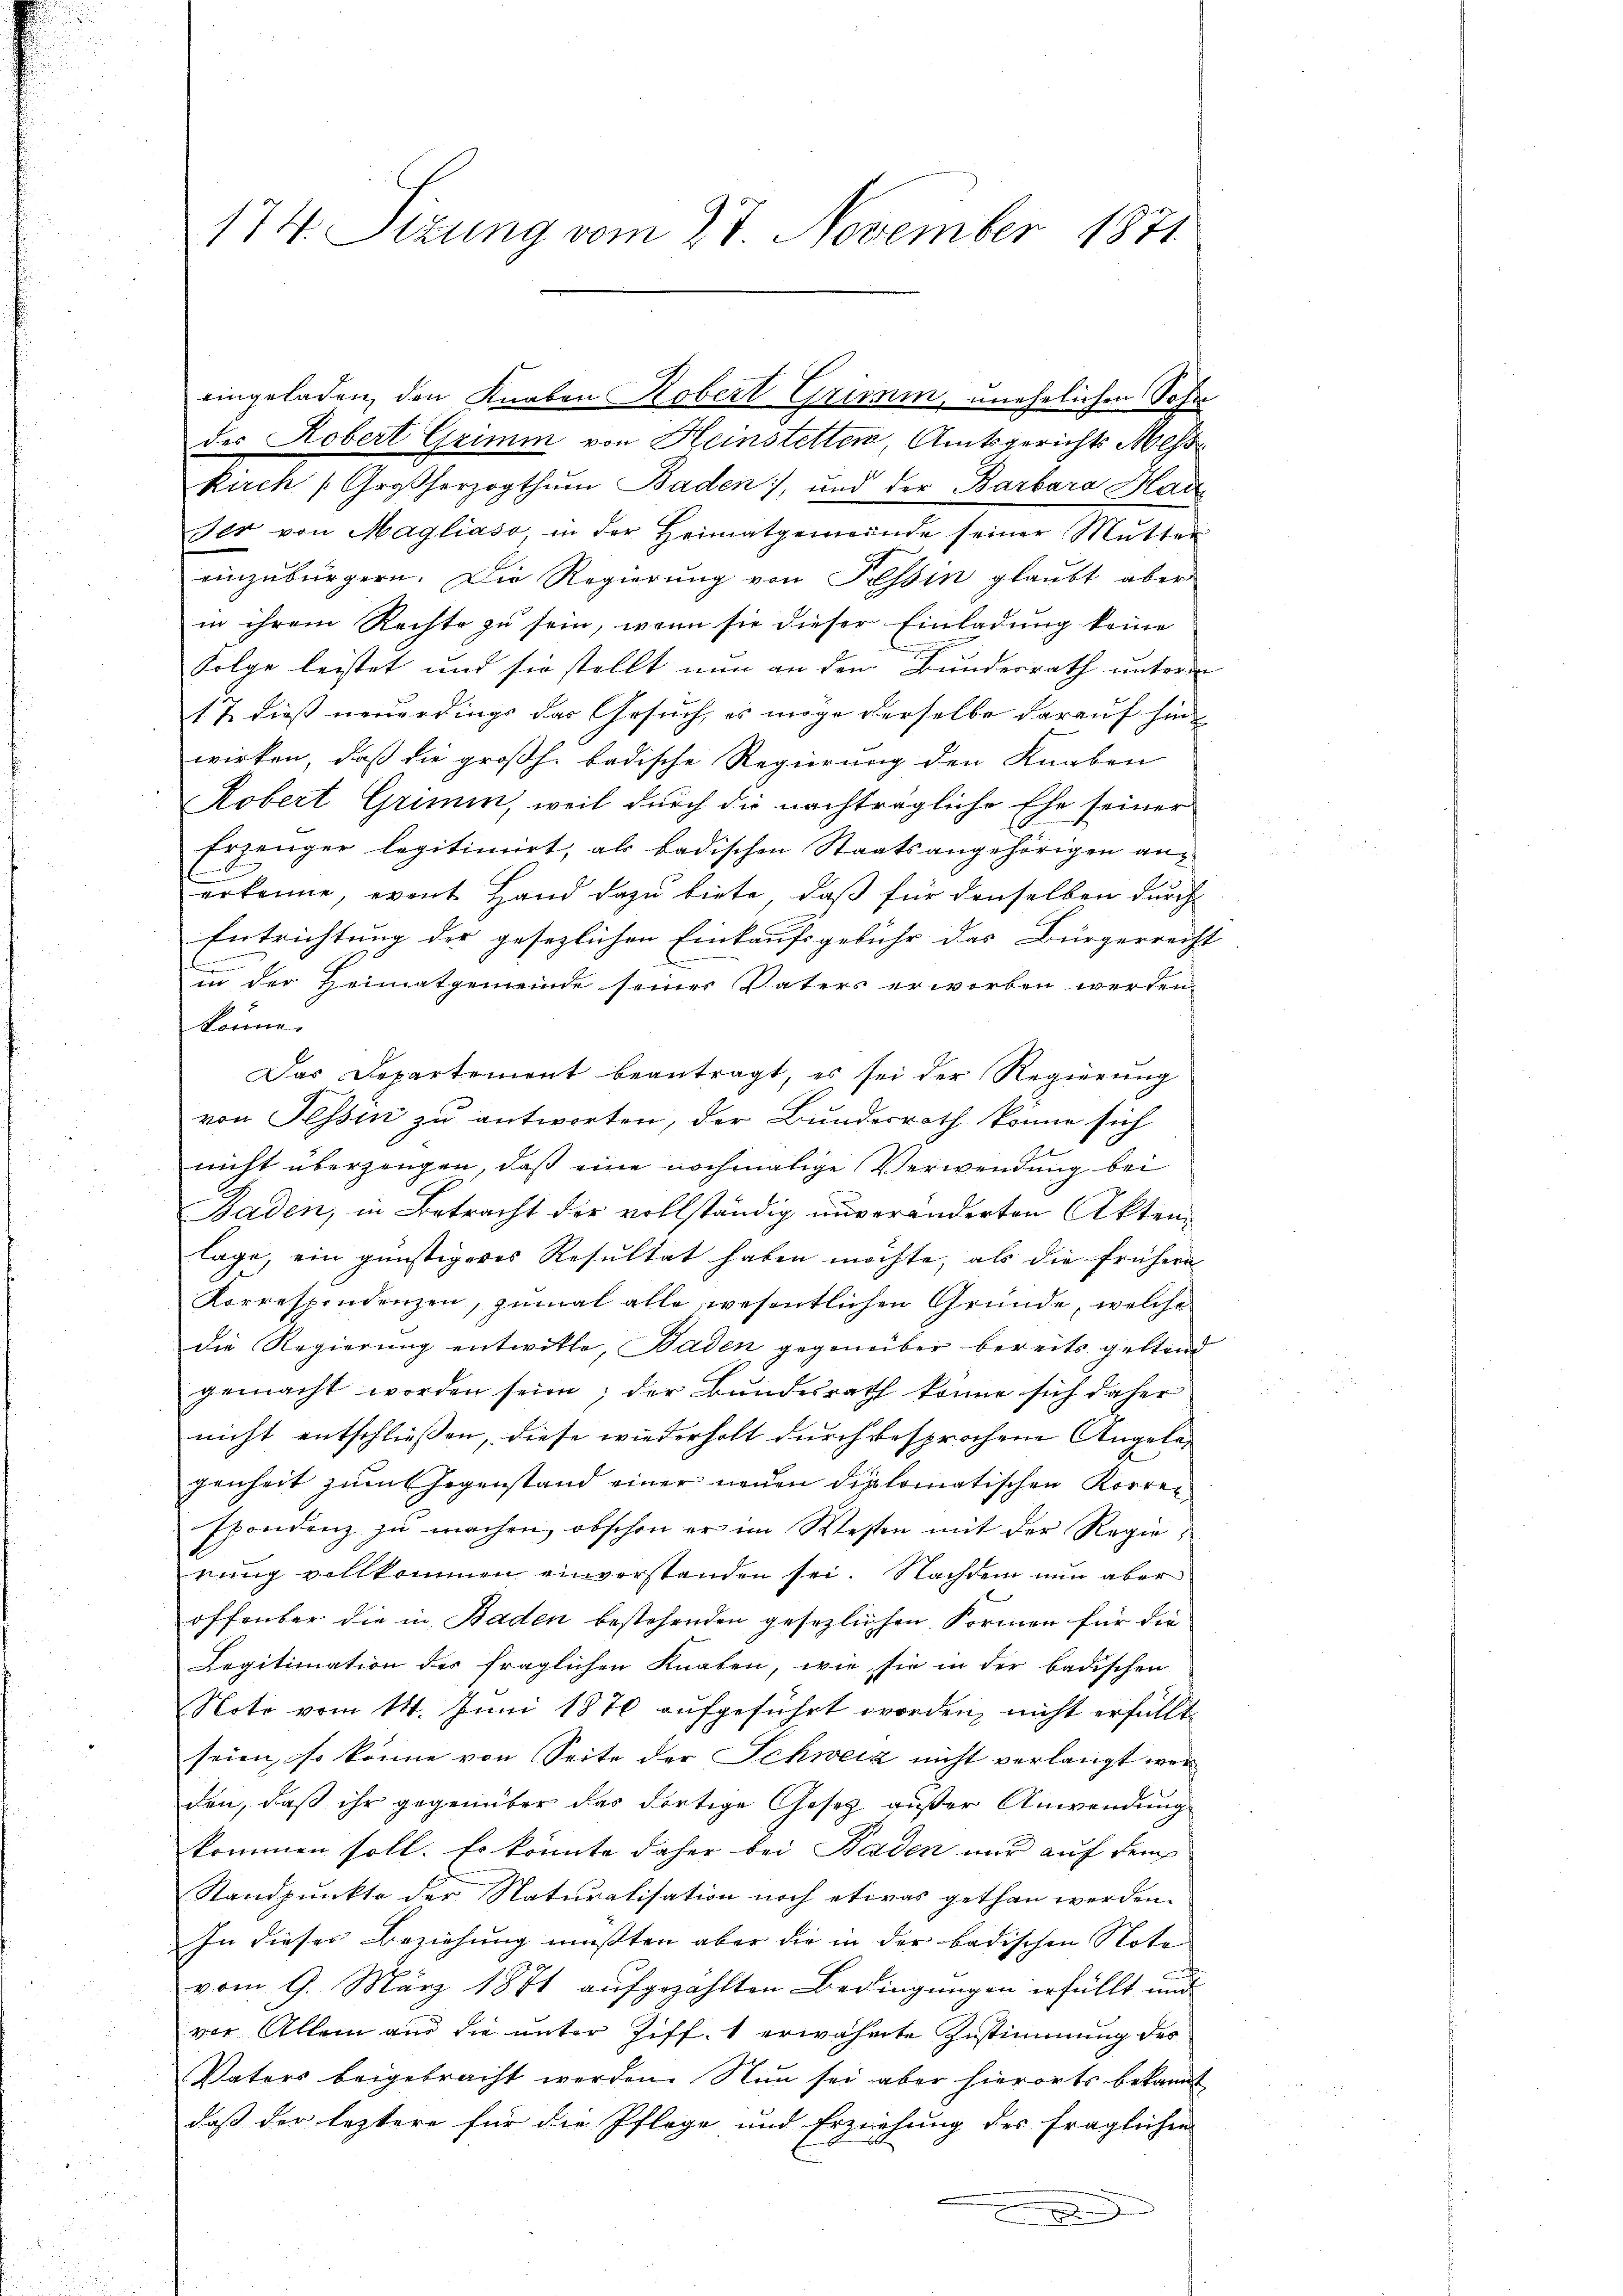
der Robert Grimm von Heinstetten, Amtsgerichts Mess
kuch Großherzogthum Baden, und der Barbara Hauder von Magliaso in der Heimatgemeinde seiner Mŭtter
einzubürgern. Die Regierung von Tessin glaubt aber
in ihrem Rechte zu sein, wenn sie dieser Einladung keine
Folge leistet und sie stellt nun an den Bundesrath unterm
17. dieß neuerdings das Gesuch, es möge derselbe darauf hinwirken, daß die großh. badische Regierung den Knaben
Robert Grimin, weil durch die nachträgliche Ehe seiner
Erzeuger legitimirt, als badischen Staatsangehörigen ann
erkenne, event Hand dazu biete, daß für denselben durch
Entrichtung der gesezlichen Einkaufsgebühr das Bürgerreicht
e
in der Heimatgemeinde seiner Vaters erworben werden
könne.
Das Departement beantragt, es sei der Regierung
von Tessin zu antworten, der Bundesrath könne sich
2
nicht überzeugen, daß eine nochmalige Verwendung bei
Baden, in Betracht der vollständig unveränderten Aktenlage, ein günstigeres Resultat haben möchte, als die frühern
Korrespondenzen, zumal alle wesentlichen Gründe, welche
die Regierung entwitte, Baden gegenüber bereits geltend
gemacht worden seien; der Bundesrath könne sich daher
nicht entschliessen, diese wiederholt durch besprochene Angelegenheit zum Gegenstand einer neuen diplomatischen Korren
Epondenz zu machen, obschon er im Westen mit der Regierung vollkommen einverstanden sei. Nachdem nun aber
offenbar die in Baden bestehenden gesezlichen. Formen für die
Legitimation des fraglichen Knaben, wie sie in der badischen
Note vom 14. Juni 1876 aufgeführt worden, nicht erfüllt.
seien, so könne von Seite der Schweiz nicht verlangt wor
den, daß ihr gegenüber das dortige Gesetz außer Anwendung
kommen soll. Es könnte daher bei Baden nur auf dem
Standpunkte der Naturalisation noch etwas gethan werden.
In dieser Beziehung mussten aber die in der badischen Note
vom 9. März 1871 aufgezählten Bedingungen erfüllt und
vor Allem aus die unter Ziff. 1 erwähnte Zustimmung des
Vaters beigebracht werden. Nun sei aber hierorts bekannt
daß der leztere für die Pflege und Erziehung des fraglichen

174. Sizung vom 27. November 1871

eingeladen, den Knaben Robert Grimin, unehelichen Sohn